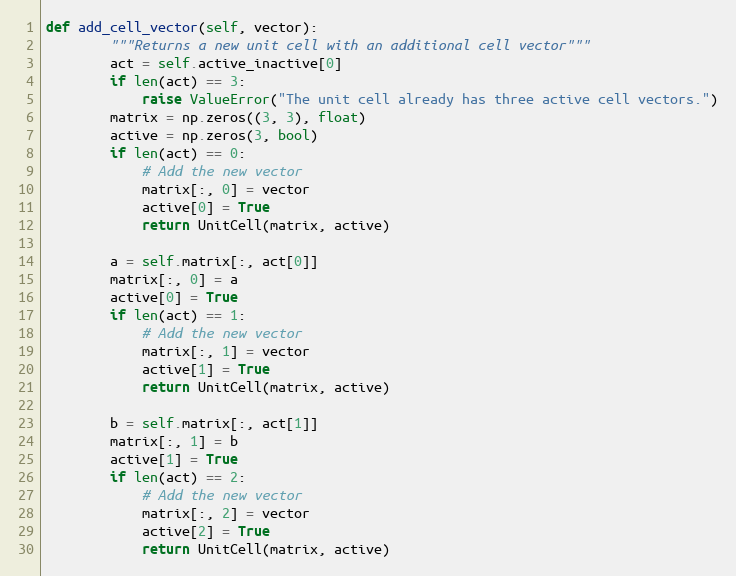
Language: Python
def add_cell_vector(self, vector):
        """Returns a new unit cell with an additional cell vector"""
        act = self.active_inactive[0]
        if len(act) == 3:
            raise ValueError("The unit cell already has three active cell vectors.")
        matrix = np.zeros((3, 3), float)
        active = np.zeros(3, bool)
        if len(act) == 0:
            # Add the new vector
            matrix[:, 0] = vector
            active[0] = True
            return UnitCell(matrix, active)

        a = self.matrix[:, act[0]]
        matrix[:, 0] = a
        active[0] = True
        if len(act) == 1:
            # Add the new vector
            matrix[:, 1] = vector
            active[1] = True
            return UnitCell(matrix, active)

        b = self.matrix[:, act[1]]
        matrix[:, 1] = b
        active[1] = True
        if len(act) == 2:
            # Add the new vector
            matrix[:, 2] = vector
            active[2] = True
            return UnitCell(matrix, active)